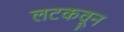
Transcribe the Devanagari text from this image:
लटकवून